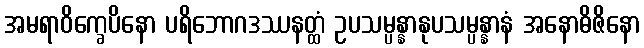
အမရာဝိက္ခေပိနော ပရိဘောဂဒဿနတ္ထံ ဥပသမ္ပန္နာနုပသမ္ပန္နာနံ အနောဓိဇိနော